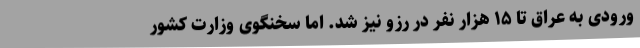
ورودی به عراق تا ۱۵ هزار نفر در رزو نیز شد. اما سخنگوی وزارت کشور